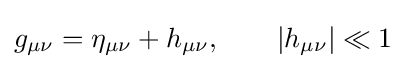
g_{\mu \nu }=\eta _{\mu \nu }+h_{\mu \nu },\qquad |h_{\mu \nu }|\ll 1